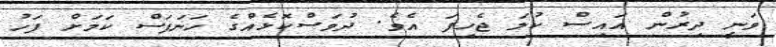
ވަނީ ދިރުން އައިސް ކުލަ ޖެހިފަ އެވެ. ދުވަސްކޮޅެއްގެ ހަނަފަސް ކަމަށް ފަހު